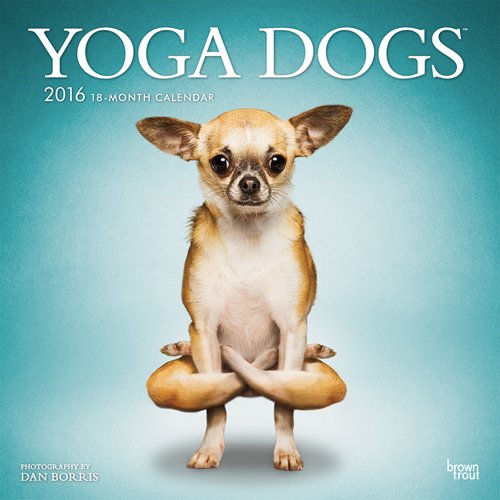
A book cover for Yoga Dogs 2016 Square 12x12; Browntrout Publishers; Calendars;